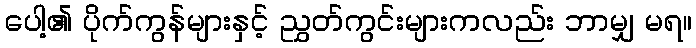
ပေါ့၏ ပိုက်ကွန်များနှင့် ညွှတ်ကွင်းများကလည်း ဘာမျှ မရ။